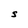
Character: S